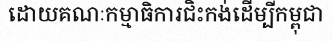
ដោយគណៈកម្មាធិការជិះកង់ដើម្បីកម្ពុជា